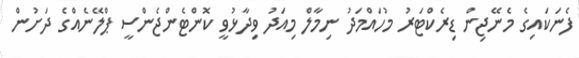
ފެނަކައިގެ މެނޭޖިން ޑިރެކްޓަރު މުހައްމަދު ނިމާލް މިއަދު ވިދާޅުވީ ކޮންޓެންޖެންސީ ޕްލޭނެއްގެ ދަށުން